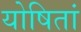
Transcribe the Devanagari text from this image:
योषितां